Report of an investigation of the epidemic of malarial fever in Assam, or, kala-azar
Disease focus: Malaria
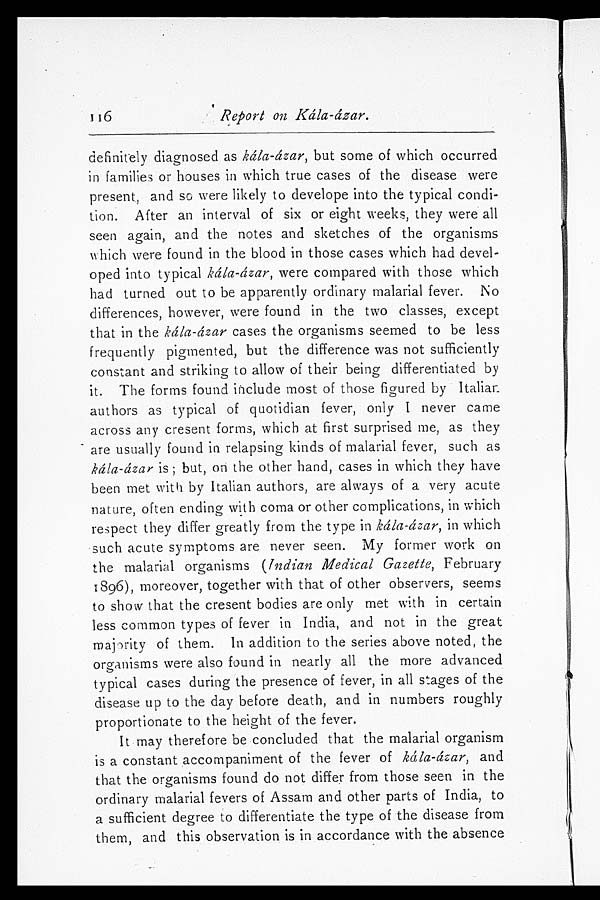
Report on Kála-ázar.
definitely diagnosed as kála-ázar, but some of which occurred
in families or houses in which true cases of the disease were
present, and so were likely to develope into the typical condi-
tion. After an interval of six or eight weeks, they were all
seen again, and the notes and sketches of the organisms
which were found in the blood in those cases which had devel-
oped into typical kála-ázar, were compared with those which
had turned out to be apparently ordinary malarial fever. No
differences, however, were found in the two classes, except
that in the kála-ázar cases the organisms seemed to be less
frequently pigmented, but the difference was not sufficiently
constant and striking to allow of their being differentiated by
it. The forms found include most of those figured by Italian
authors as typical of quotidian fever, only I never came
across any cresent forms, which at first surprised me, as they
are usually found in relapsing kinds of malarial fever, such as
kála-ázar is; but, on the other hand, cases in which they have
been met with by Italian authors, are always of a very acute
nature, often ending with coma or other complications, in which
respect they differ greatly from the type in kála-ázar, in which
such acute symptoms are never seen. My former work on
the malarial organisms ( Indian Medical Gazette, February
1896), moreover, together with that of other observers, seems
to show that the cresent bodies are only met with in certain
less common types of fever in India, and not in the great
majority of them. In addition to the series above noted, the
organisms were also found in nearly all the more advanced
typical cases during the presence of fever, in all stages of the
disease up to the day before death, and in numbers roughly
proportionate to the height of the fever.
It may therefore be concluded that the malarial organism
is a constant accompaniment of the fever of kála-ázar, and
that the organisms found do not differ from those seen in the
ordinary malarial fevers of Assam and other parts of India, to
a sufficient degree to differentiate the type of the disease from
them, and this observation is in accordance with the absence